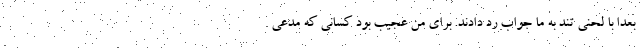
بعدا با لحنی تند به ما جواب رد دادند. برای من عجیب بود کسانی که مدعی